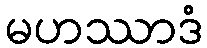
မဟဿာဒံ